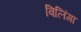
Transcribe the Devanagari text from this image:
बिलिंगा